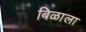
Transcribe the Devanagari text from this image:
बिळाला